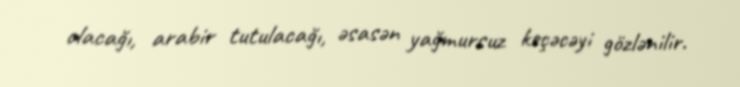
olacağı, arabir tutulacağı, əsasən yağmursuz keçəcəyi gözlənilir.